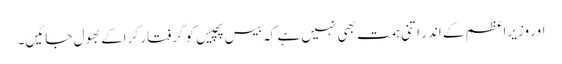
اور وزیراعظم کے اندر اتنی ہمت بھی نہیں ہے کہ بیس پچیس کو گرفتار کراکے بھول جائیں۔